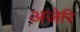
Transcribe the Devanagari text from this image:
अज़ेरि